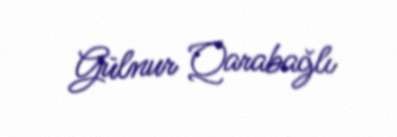
Gülnur Qarabağlı